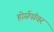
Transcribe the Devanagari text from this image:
होर्सपॉवर